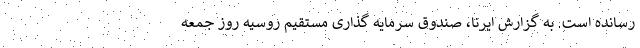
رسانده است. به گزارش ایرنا، صندوق سرمایه گذاری مستقیم روسیه روز جمعه